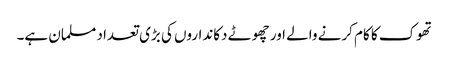
تھوک کا کام کرنے والے اور چھوٹے دکانداروں کی بڑی تعداد مسلمان ہے۔